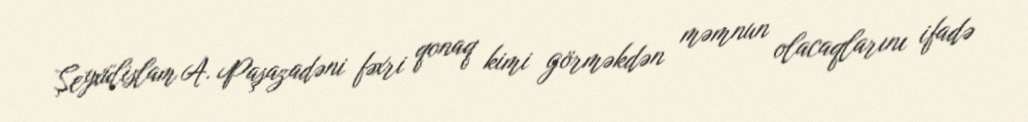
Şeyxülislam A. Paşazadəni fəxri qonaq kimi görməkdən məmnun olacaqlarını ifadə